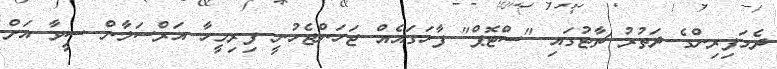
ދެމަފިރިންގެ ދަތުރު ޗާޓުގައި "ސްޓޮޕް" ފާހަގައެއް ޖަހަންޖެހުނީ ފިރިމީހާ އަރްސަލާން ސީވާ އަށް